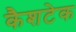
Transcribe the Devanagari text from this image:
कैशटेक